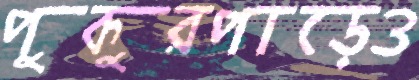
পুকুরপাড়েও